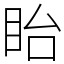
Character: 眙